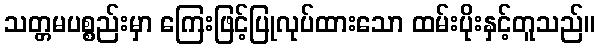
သတ္တမပစ္စည်းမှာ ကြေးဖြင့်ပြုလုပ်ထားသော ထမ်းပိုးနှင့်တူသည်။